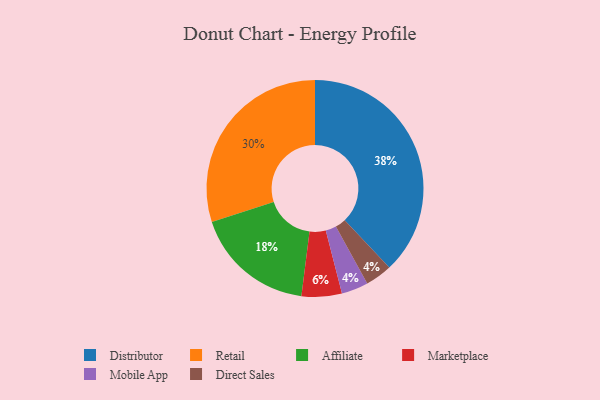
{"axis": {"x": "Category", "y": "Percentage"}, "legend": ["Affiliate", "Direct Sales", "Distributor", "Marketplace", "Mobile App", "Retail"], "data": [{"x": "Mobile App", "y": 4, "type": "Mobile App"}, {"x": "Affiliate", "y": 18, "type": "Affiliate"}, {"x": "Direct Sales", "y": 4, "type": "Direct Sales"}, {"x": "Distributor", "y": 38, "type": "Distributor"}, {"x": "Marketplace", "y": 6, "type": "Marketplace"}, {"x": "Retail", "y": 30, "type": "Retail"}]}